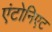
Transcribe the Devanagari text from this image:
एंटोनिएट